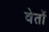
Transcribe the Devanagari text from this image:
वेतों